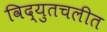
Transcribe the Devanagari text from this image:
विद्युतचलीत